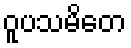
ဝူပသမိတေ